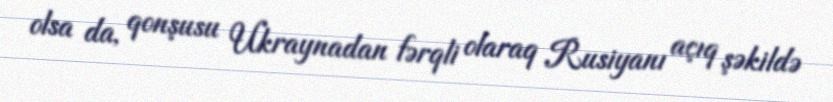
olsa da, qonşusu Ukraynadan fərqli olaraq Rusiyanı açıq şəkildə